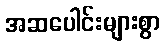
အဆပေါင်းများစွာ